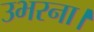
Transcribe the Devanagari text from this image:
उभरना।